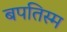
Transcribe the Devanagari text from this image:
बपतिस्म